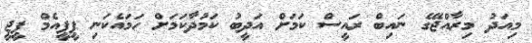
މިއަދު މިރާއްޖޭގެ ނައިބް ރައީސް ކަމަށް އަދީބު ކަމުދާކަމަށް ހަމައެކަނި ޕީޕީއެމް ޕީޖީ